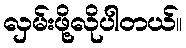
လှမ်းဖို့လိုပါတယ်။